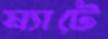
ম্যাটে